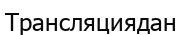
Трансляциядан